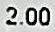
2.00